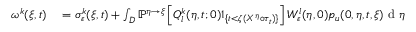
\begin{array} { r l } { \omega ^ { k } ( \xi , t ) } & { { } = \sigma _ { \varepsilon } ^ { k } ( \xi , t ) + \int _ { D } \mathbb { P } ^ { \eta \rightarrow \xi } \left[ Q _ { l } ^ { k } ( \eta , t ; 0 ) 1 _ { \{ t < \zeta ( X ^ { \eta } \circ \tau _ { t } ) \} } \right] W _ { \varepsilon } ^ { l } ( \eta , 0 ) p _ { u } ( 0 , \eta , t , \xi ) \textrm { d } \eta } \end{array}